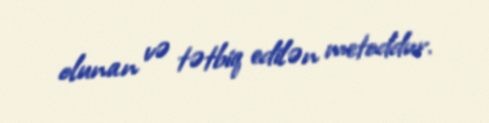
olunan və tətbiq edilən metoddur.